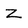
Character: Z